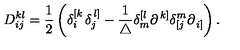
D _ { i j } ^ { k l } = \frac 1 2 \left( \delta _ { i } ^ { \left[ k \right. } \delta _ { j } ^ { \left. l \right] } - \frac 1 { \triangle } \delta _ { m } ^ { \left[ l \right. } \partial _ { } ^ { \left. k \right] } \delta _ { \left[ j \right. } ^ { m } \partial _ { \left. i \right] } ^ { } \right) .